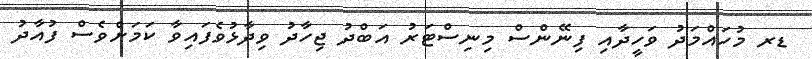
ޑރ މުހައްމަދު ވަހީދާއި ފިނޭންސް މިނިސްޓަރު އަބްދު ޖިހާދު ވިދާޅުވެފައިވާ ކަމަށްވެސް ފުއާދު